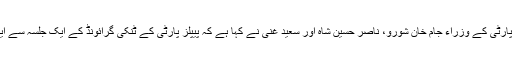
03 مئی2018ء) پاکستان پیپلز پارٹی کے وزراء جام خان شورو، ناصر حسین شاہ اور سعید غنی نے کہا ہے کہ پیپلز پارٹی کے ٹنکی گرائونڈ کے ایک جلسہ سے ایم کیو ایم حواس باختہ ہوگئی ہے۔